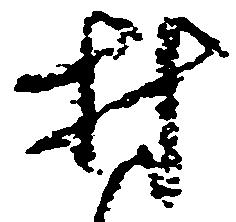
村